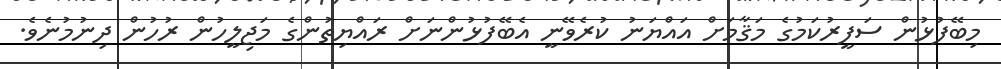
މިބޭފުޅުން ސަފީރުކަމުގެ މަޤާމަށް އައްޔަނު ކުރެވޭނީ އެބޭފުޅުންނަށް ރައްޔިތުންގެ މަޖިލީހުން ރުހުން ދިނުމުނެވެ.